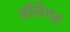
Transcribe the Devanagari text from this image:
हॉलेण्ड